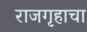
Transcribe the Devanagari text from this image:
राजगृहाचा